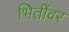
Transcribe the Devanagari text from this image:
भितींवर